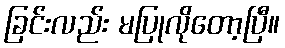
ခြင်းလည်း မပြုလိုတော့ပြီ။